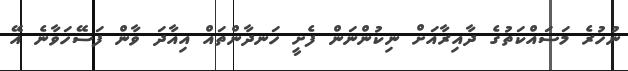
ނުހުރެ މަސައްކަތުގެ ދާއިރާއަށް ނިކުންނަން ފެށީ ހަނދާންތައް އިއާދަ ވާން ފަސޭހަވާނެ އޭ